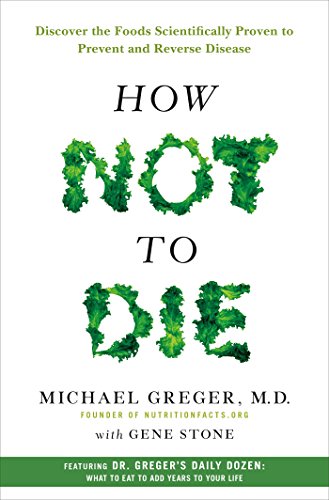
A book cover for How Not to Die: Discover the Foods Scientifically Proven to Prevent and Reverse Disease; Michael Greger; Health, Fitness & Dieting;